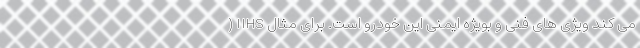
می کند ویژی های فنی و بویژه ایمنی این خودرو است. برای مثال IIHS (